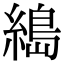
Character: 𦃭